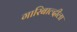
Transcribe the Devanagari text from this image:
गारिबाल्दीला